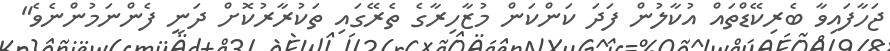
ޖަހާފައިވާ ބެރިކޭޑްތައް އުކާލުން ފަދަ ކަންކަން މުޒާހިރާގެ ތެރޭގައި ތަކުރާރުކޮށް ދަނީ ފެންނަމުންނެވެ"